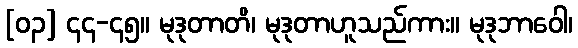
[၀၃] ၄၄-၄၅။ မုဒုတာတိ၊ မုဒုတာဟူသည်ကား။ မုဒုဘာဝေါ၊